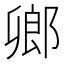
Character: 𨜮